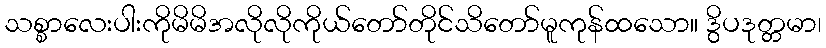
သစ္စာလေးပါးကိုမိမိအလိုလိုကိုယ်တော်တိုင်သိတော်မူကုန်ထသော။ ဒွိပဒုတ္တမာ၊